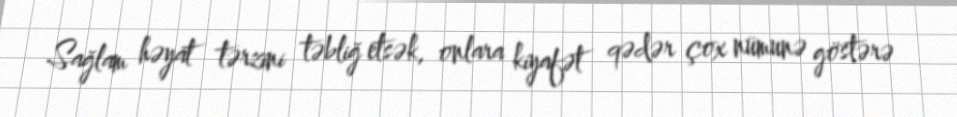
Sağlam həyat tərzini təbliğ etsək, onlara kiyafət qədər çox nümunə göstərə